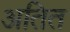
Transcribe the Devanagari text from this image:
अतित